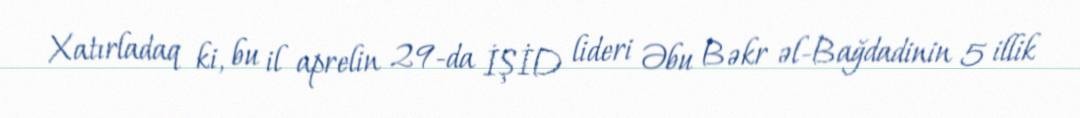
Xatırladaq ki, bu il aprelin 29-da İŞİD lideri Əbu Bəkr əl-Bağdadinin 5 illik